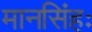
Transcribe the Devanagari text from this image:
मानसिंहः